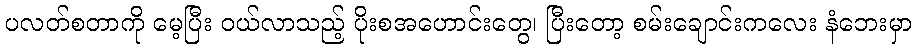
ပလတ်စတာကို မေ့ပြီး ဝယ်လာသည့် ပိုးစအဟောင်းတွေ၊ ပြီးတော့ စမ်းချောင်းကလေး နံဘေးမှာ